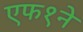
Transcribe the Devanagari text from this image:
एफ१ने